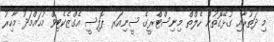
މި ދަތުރާއި ގުޅޭގޮތުން ހެލްތް މިނިސްޓްރީގެ ސީނިއަރ ޕޮލިސީ އެގްޒެކެޓިވް މުޙައްމަދު މާހިރު